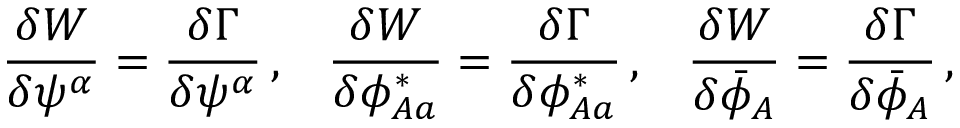
\frac { \delta { \cal W } } { \delta \psi ^ { \alpha } } = \frac { \delta \Gamma } { \delta \psi ^ { \alpha } } \, , \; \; \; \frac { \delta { \cal W } } { \delta \phi _ { A a } ^ { * } } = \frac { \delta \Gamma } { \delta \phi _ { A a } ^ { * } } \, , \; \; \; \frac { \delta { \cal W } } { \delta \bar { \phi } _ { A } } = \frac { \delta \Gamma } { \delta \bar { \phi } _ { A } } \, ,